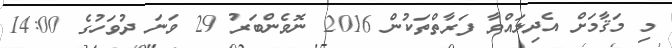
މި މަޤާމަށް އެދިލައްވާ ފަރާތްތަކުން 2016 ނޮވެންބަރު 29 ވަނަ ދުވަހުގެ 14:00